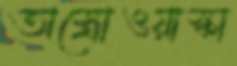
অস্ত্রোওয়াস্কা